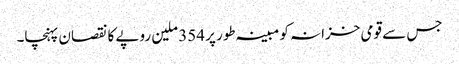
جس سے قومی خزانہ کو مبینہ طور پر 354 ملین روپے کا نقصان پہنچا۔